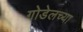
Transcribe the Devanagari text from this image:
गोडेलच्या